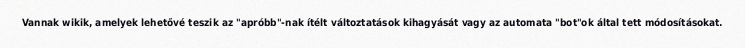
Vannak wikik, amelyek lehetővé teszik az "apróbb"-nak ítélt változtatások kihagyását vagy az automata "bot"ok által tett módosításokat.